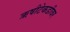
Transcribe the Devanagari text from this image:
ॠषीटेकडीवर